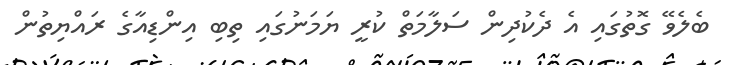
ބެލެވޭ ގޮތުގައި އެ ދެކުދިން ސަލާމަތް ކުރީ ޔަމަނުގައި ތިބި އިންޑިއާގެ ރައްޔިތުން